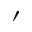
\prime